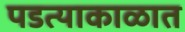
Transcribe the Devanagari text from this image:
पडत्याकाळात